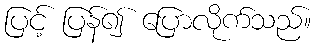
ပြင့် ပြန်၍ ပြောလိုက်သည်။